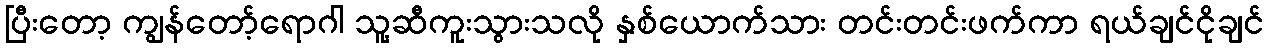
ပြီးတော့ ကျွန်တော့်ရောဂါ သူ့ဆီကူးသွားသလို နှစ်ယောက်သား တင်းတင်းဖက်ကာ ရယ်ချင်ငိုချင်